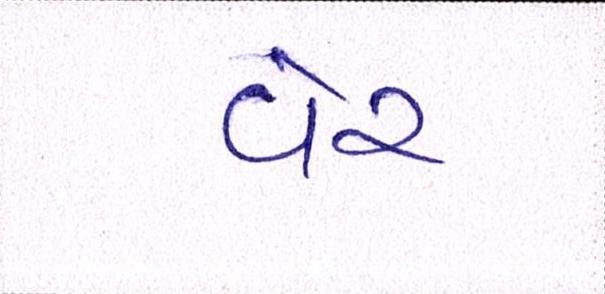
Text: વેર